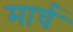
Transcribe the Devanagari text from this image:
मार्घ